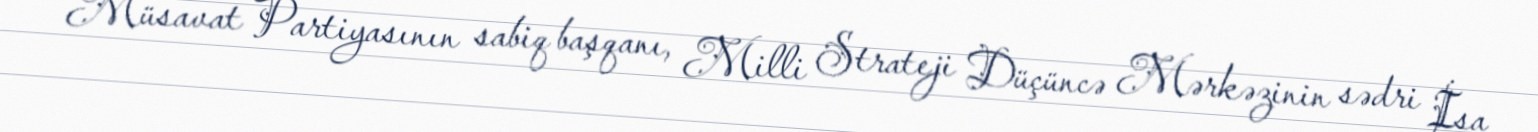
Müsavat Partiyasının sabiq başqanı, Milli Strateji Düçüncə Mərkəzinin sədri İsa